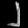
Digit: ၂